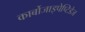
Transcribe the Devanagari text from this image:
कार्बोजाइपेप्टिडेज